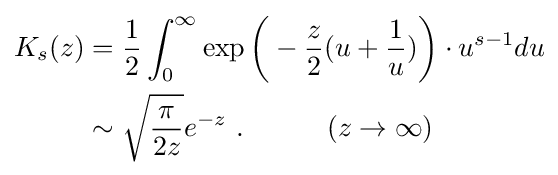
{\begin{aligned}K_{s}(z)&={\frac {1}{2}}\int _{0}^{\infty }\exp {\biggl (}-{\frac {z}{2}}(u+{\frac {1}{u}}){\biggr )}\cdot u^{s-1}du\\&\sim {\sqrt {\frac {\pi }{2z}}}e^{-z}\ .\ \ \ \ \ \ \ \ \ (z\rightarrow \infty )\end{aligned}}